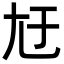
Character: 㝼